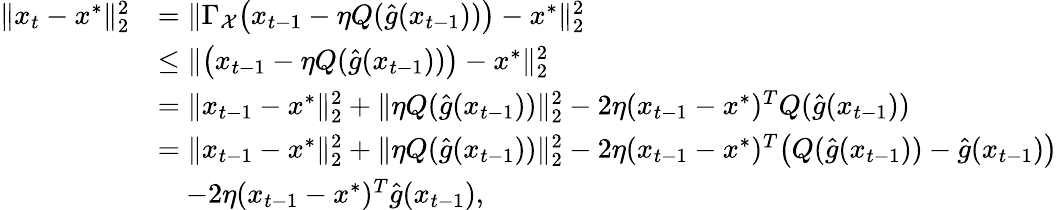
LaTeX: \begin{array}{rl}{\| x_{t}-x^{*}\| _{2}^{2}}&{=\| \Gamma_{\mathcal{X}}\big(x_{t-1}-\eta Q(\hat{g}(x_{t-1}))\big)-x^{*}\| _{2}^{2}}\\ &{\leq\| \big(x_{t-1}-\eta Q(\hat{g}(x_{t-1}))\big)-x^{*}\| _{2}^{2}}\\ &{=\| x_{t-1}-x^{*}\| _{2}^{2}+\| \eta Q(\hat{g}(x_{t-1}))\| _{2}^{2}-2\eta(x_{t-1}-x^{*})^{T}Q(\hat{g}(x_{t-1}))}\\ &{=\| x_{t-1}-x^{*}\| _{2}^{2}+\| \eta Q(\hat{g}(x_{t-1}))\| _{2}^{2}-2\eta(x_{t-1}-x^{*})^{T}\big(Q(\hat{g}(x_{t-1}))-\hat{g}(x_{t-1})\big)}\\ &{\quad-2\eta(x_{t-1}-x^{*})^{T}\hat{g}(x_{t-1}),}\end{array}